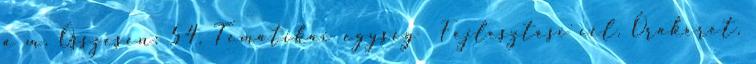
a m. Összesen: 54. Tematikai egység Fejlesztési cél. Órakeret.